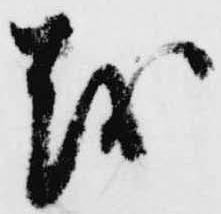
越